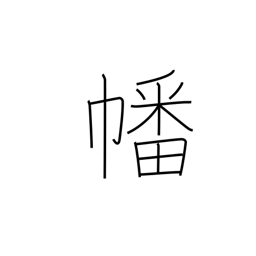
Meaning: flag